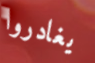
يغادروا